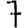
Digit: 7